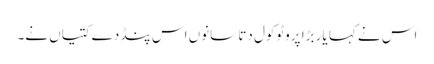
اس نے کہا یار بڑا پروٹوکول دتا سانوں اس پنڈ دے کتیاں نے۔